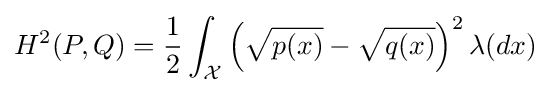
H^{2}(P,Q)={\frac {1}{2}}\displaystyle \int _{\mathcal {X}}\left({\sqrt {p(x)}}-{\sqrt {q(x)}}\right)^{2}\lambda (dx)